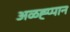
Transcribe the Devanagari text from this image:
अळह्प्पान